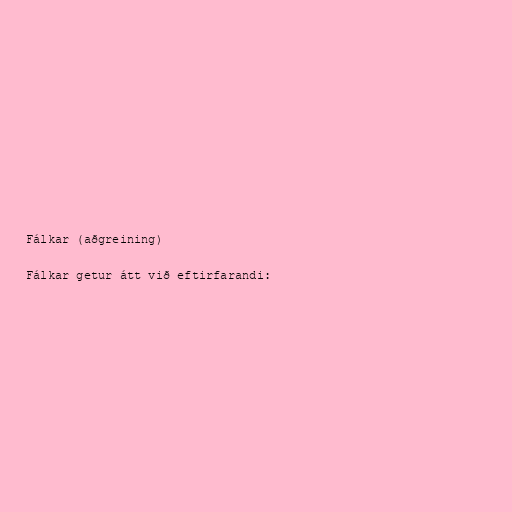
Fálkar (aðgreining)

Fálkar getur átt við eftirfarandi: